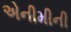
એનીમીની